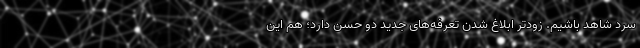
سرد شاهد باشیم. زودتر ابلاغ شدن تعرفه‌های جدید دو حُسن دارد؛ هم این